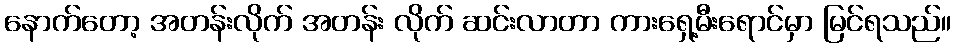
နောက်တော့ အတန်းလိုက် အတန်း လိုက် ဆင်းလာတာ ကားရှေ့မီးရောင်မှာ မြင်ရသည်။